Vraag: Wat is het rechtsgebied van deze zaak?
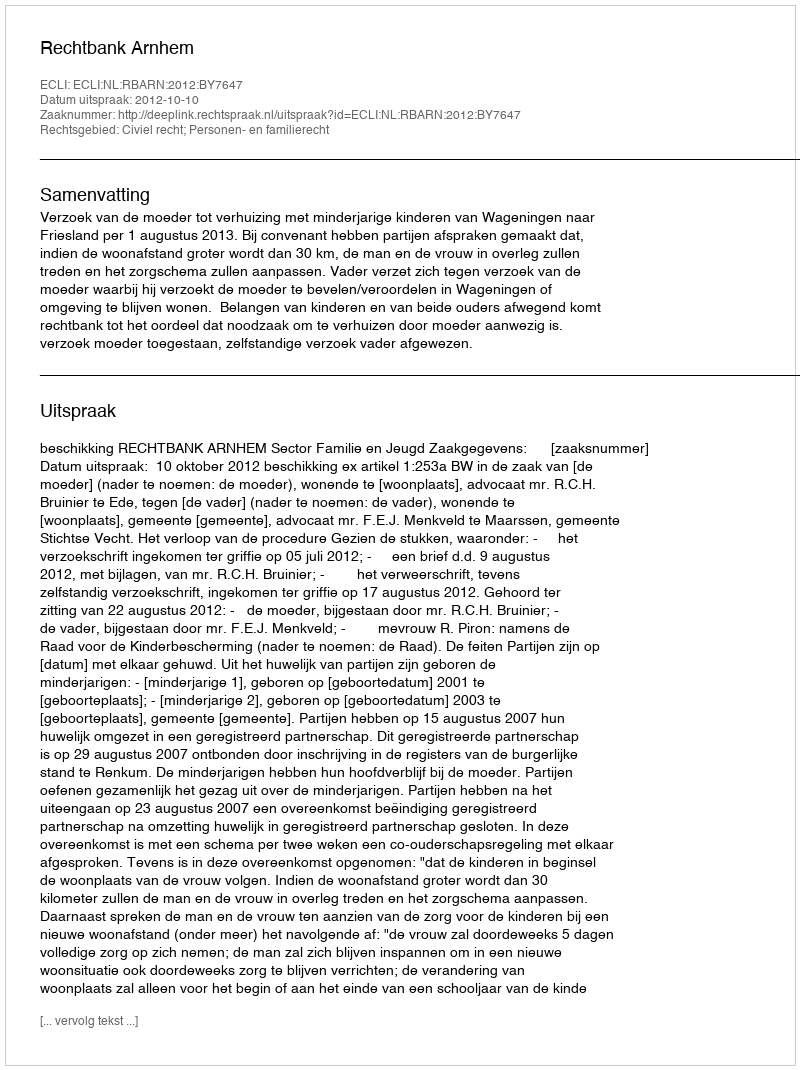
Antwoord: Civiel recht; Personen- en familierecht